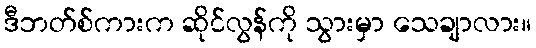
ဒီဘတ်စ်ကားက ဆိုင်လွန်ကို သွားမှာ သေချာလား။